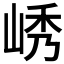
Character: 𫵿